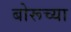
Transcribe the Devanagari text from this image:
बोरूच्या